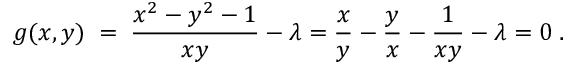
g ( x , y ) \; = \; { \frac { x ^ { 2 } - y ^ { 2 } - 1 } { x y } } - \lambda = { \frac { x } { y } } - { \frac { y } { x } } - { \frac { 1 } { x y } } - \lambda = 0 \; .